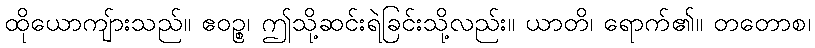
ထိုယောကျ်ားသည်။ ဧဝဉ္စ၊ ဤသို့ဆင်းရဲခြင်းသို့လည်း။ ယာတိ၊ ရောက်၏။ တတောစ၊